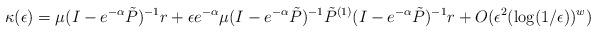
LaTeX: \begin{align*}\kappa(\epsilon) = \mu (I-e^{-\alpha}\tilde{P})^{-1}r + \epsilon e^{-\alpha}\mu(I-e^{-\alpha}\tilde{P})^{-1}\tilde{P}^{(1)}(I-e^{-\alpha}\tilde{P})^{-1}r + O(\epsilon^2(\log(1/\epsilon))^w)\end{align*}